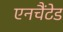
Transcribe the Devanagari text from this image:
एनचैंटेड